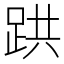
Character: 𫏇